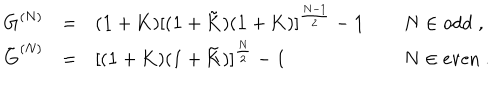
\begin{array} { l l l l } { { { \bf G } ^ { ( N ) } } } & { { = } } & { { ( { \bf 1 } + { \bf K } ) [ ( { \bf 1 } + { \bf \tilde { K } } ) ( { \bf 1 } + { \bf K } ) ] ^ { \frac { N - 1 } { 2 } } - { \bf 1 } } } & { { \; N \in \mathrm { o d d } \; , } } \\ { { \tilde { { \bf G } } ^ { ( N ) } } } & { { = } } & { { [ ( { \bf 1 } + { \bf K } ) ( { \bf 1 } + { \bf \tilde { K } } ) ] ^ { \frac { N } { 2 } } - { \bf 1 } } } & { { \; N \in \mathrm { e v e n } \; . } } \\ \end{array}